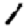
Digit: 1